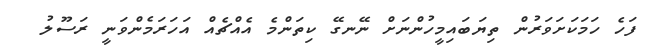
ފަހެ ހަމަކަށަވަރުން ތިޔަބައިމީހުންނަށް ނޭނގޭ ކިތަންމެ އެއްޗެއް އަހަރަމެންވަނީ ރަސޫލު